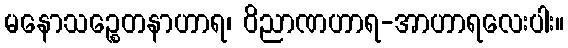
မနောသဉ္စေတနာဟာရ၊ ဝိညာဏဟာရ-အာဟာရလေးပါး။